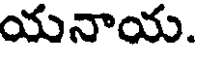
యనాయ.